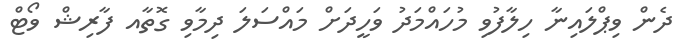
ދެން ވިޕްލައިނާ ހިލާފުވި މުހައްމަދު ވަހީދަށް މައްސަލަ ދިމާވި ގޮތާއ ފާރިޝް ވޯޓް